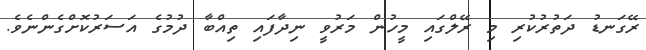
ރޭގަނޑު ދަތުރުކުރި މި ރޭލްގައި މީހުން މަރުވީ ނިދާފައި ތިއްބާ ދުމުގެ އަސަރުކޮށްގެންނެވެ.